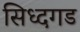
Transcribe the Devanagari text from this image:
सिध्दगड